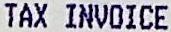
TAX INVOICE